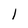
Character: 1